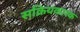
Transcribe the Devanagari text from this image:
सक्रियकारक